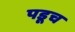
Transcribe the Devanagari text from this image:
पडूच